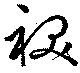
袂